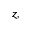
z ,